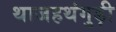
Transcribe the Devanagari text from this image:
थाजहथंगुड़ी